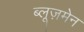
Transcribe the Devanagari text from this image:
ब्लूज़मेन